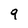
Character: 9